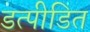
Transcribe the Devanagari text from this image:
डत्पीडित